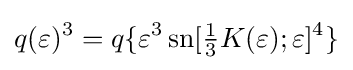
q(\varepsilon )^{3}=q\{\varepsilon ^{3}\operatorname {sn} [{\tfrac {1}{3}}K(\varepsilon );\varepsilon ]^{4}\}